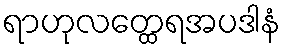
ရာဟုလတ္ထေရအပဒါနံ